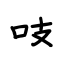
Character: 吱